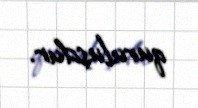
quruluşdur.